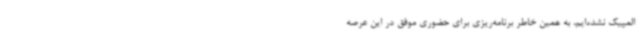
المپیک نشده‌ایم، به همین خاطر برنامه‌ریزی برای حضوری موفق در این عرصه